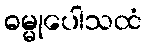
ဓမ္မုပေါသထံ